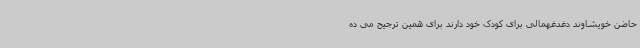
حاضن خویشاوند دغدغهمالی برای کودک خود دارند برای همین ترجیح می ده